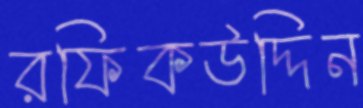
রফিকউদ্দিন